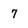
Character: 7